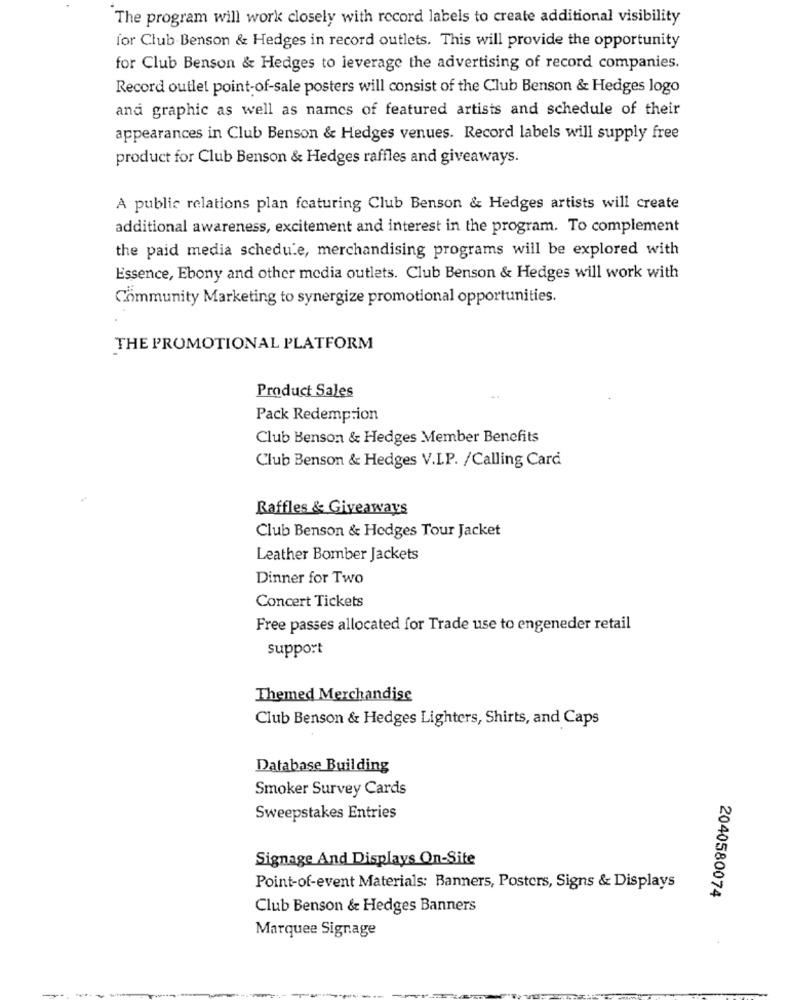
The program will work closely with record labels to create additional visibility
for Club Benson & Hedges in record outlets. This will provide the opportunity
for Club Benson & Hedges to leverage the advertising of record companies.
Record outlet point-of-sale posters will consist of the Club Benson & Hedges logo
and graphic as well as names of featured artists and schedule of their
appearances in Club Benson & Hedges venues. Record labels will supply free
product for Club Benson & Hedges raffles and giveaways.
A public relations plan featuring Club Benson & Hedges artists will create
additional awareness, excitement and interest in the program. To complement
the paid media schedule, merchandising programs will be explored with
Essence, Ebony and other media outlets. Club Benson & Hedges will work with
Community Marketing to synergize promotional opportunities.
THE PROMOTIONAL PLATFORM
Product Sales
Pack Redemption
Club Benson & Hedges Member Benefits
Club Benson & Hedges V.I.P. /Calling Card
Raffles & Giveaways
Club Benson & Hedges Tour Jacket
Leather Bomber Jackets
Dinner for Two
Concert Tickets
Free passes allocated for Trade use to engeneder retail
support
Themed Merchandise
Club Benson & Hedges Lighters, Shirts, and Caps
Database Building
Smoker Survey Cards
Sweepstakes Entries
Signage And Displays On-Site
Point-of-event Materials: Banners, Posters, Signs & Displays
2040580074
Club Benson & Hedges Banners
Marquee Signage